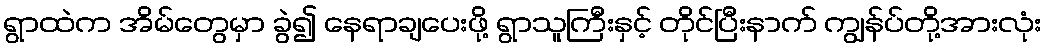
ရွာထဲက အိမ်တွေမှာ ခွဲ၍ နေရာချပေးဖို့ ရွာသူကြီးနှင့် တိုင်ပြီးနာက် ကျွန်ပ်တို့အားလုံး